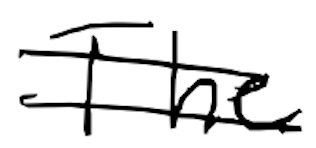
Text: The
Cross-out: mix
Writing tool: digital_black